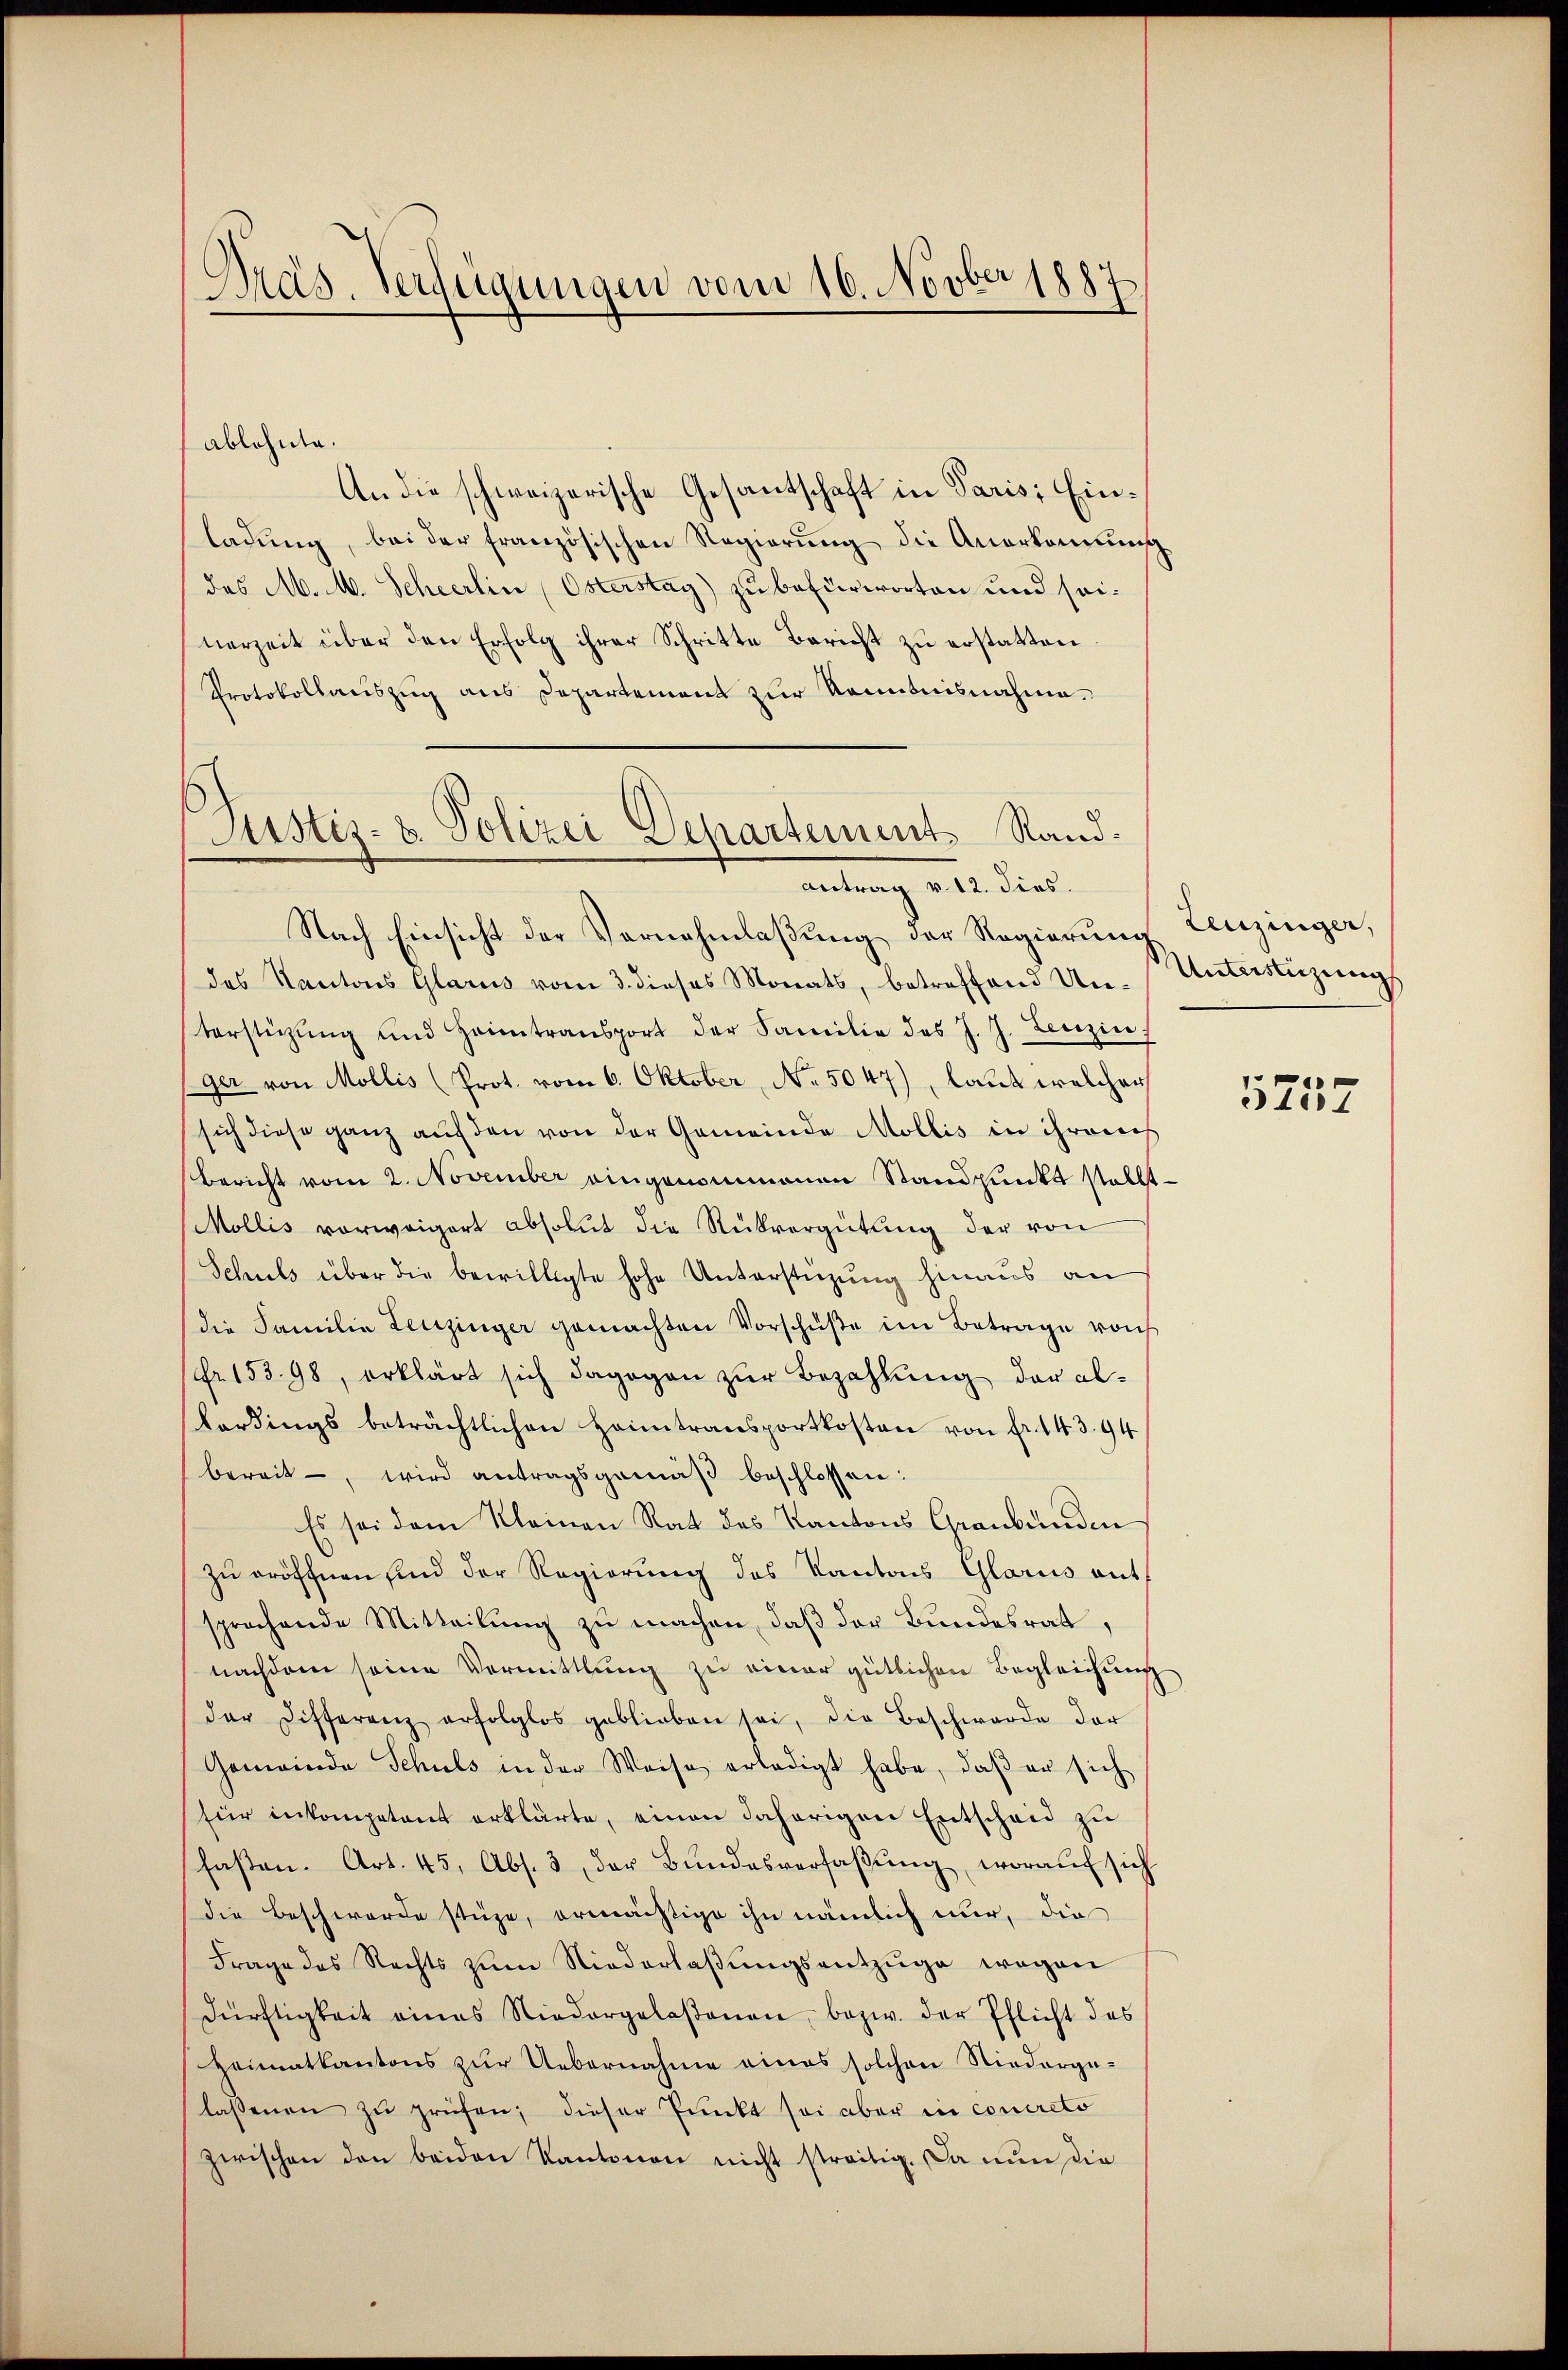
Präs. Verfügungen vom 16. Novber 1887

ablehnte.
An die schweizerische Gesantschaft in Paris; Einladŭng, bei der französischen Regierung die Anerkennung
des M. M. Scheerlin Osterstag) zu befürworten und seinerzeit über den Erfolg ihrer Schritte Bericht zu erstatten
Protokollauszug aus Departement zur Kenntnisnahme.
Justiz- u. Polizei Departement Rand¬

Antrag v. 12. dies.

Nach Einsicht der Vornahmlaßung der Regierung Leuzinger,
des Kantons Glarus vom 3. dieses Monats, betreffend Un-Unterstüzungs
terstützŭng und Heimtransport der Familie des J. J. Lenzins
ger von Mollis (Prot. vom 6. Oktober, No. 5047), laut welcher
sich diese ganz aŭf den von der Gemeinde Mollis in ihromis
Bericht vom 2. November eingenommenen Standpunkt stellt
Mollis vorweigert absolut die Rückvergütung der von
Schuls über die bewilligte hohe Unterstüzung hinaus an
die Familie Leuzinger gemachten Vorschŭβe im Betrage von
fr. 153. 98, erklärt sich dagegen zŭr Bezahlung der ab-
kordings beträchtlichen Heimtransportkosten von fr. 143. 94
bereit, wird antragsgemäβ beschlossen:
Es sei dem Kleinen Rat des Kantons Graubünden
zu eröffnen sind der Regierung des Kantons Glarus ant
sprachende Mitteilŭng zu machen, daß der Bundesrat,
nachdem seine Vormittlung zu einer gütlichen Begleichung
der Differenz erfolglos geblieben sei, die Beschwerde der
Gemeinde Schuls in der Weise erledigt habe, daβ er sich
für inkompetent erklärte, einen daherigen Entscheid zu
fasten. Art. 45, Abs. 3 der Bŭndesverfaβŭng, worauf sich
die Beschwerde stüze, ermächtige ihn nämlich nur, die
Frage des Rechts zum Niederlaßungsentzüge wegen
dürftigkeit eines Niedergelaßenen bezw. der Pflicht des
Heimatkantons zur Uebernahme eines solchen Niedergelassenen zu prüfen; dieser Punkt sei aber in concreto
zwischen den beiden Kantonen nicht streitig. Da nun die

5257